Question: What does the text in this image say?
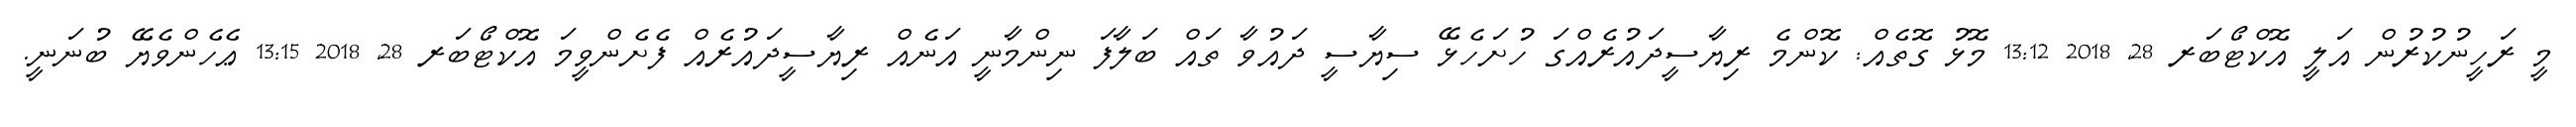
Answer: މީ ރަހީނުކުރުން އަލީ އޮކްޓޯބަރ 28, 2018 13:12 މޮޅު ގޮތެއް: ކޮންމެ ރިޔާސީދައުރެއްގަ ހުށަހެޅޭ ސިޔާސީ ދައުވާ ތައް ބަލާފަ ނިންމާނީ އަނެއް ރިޔާސީދައުރެއް ފެށެންވީމަ އޮކްޓޯބަރ 28, 2018 13:15 ޢެހެންވެޔޭ ބުނަނީ.